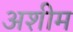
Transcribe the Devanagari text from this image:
अशीम